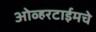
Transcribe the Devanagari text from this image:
ओव्हरटाईमचे